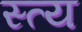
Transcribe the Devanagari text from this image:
स्त्य